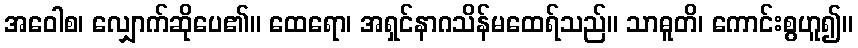
အဝေါစ၊ လျှောက်ဆိုပေ၏။ ထေရော၊ အရှင်နာဂသိန်မထေရ်သည်။ သာဓူတိ၊ ကောင်းစွဟူ၍။